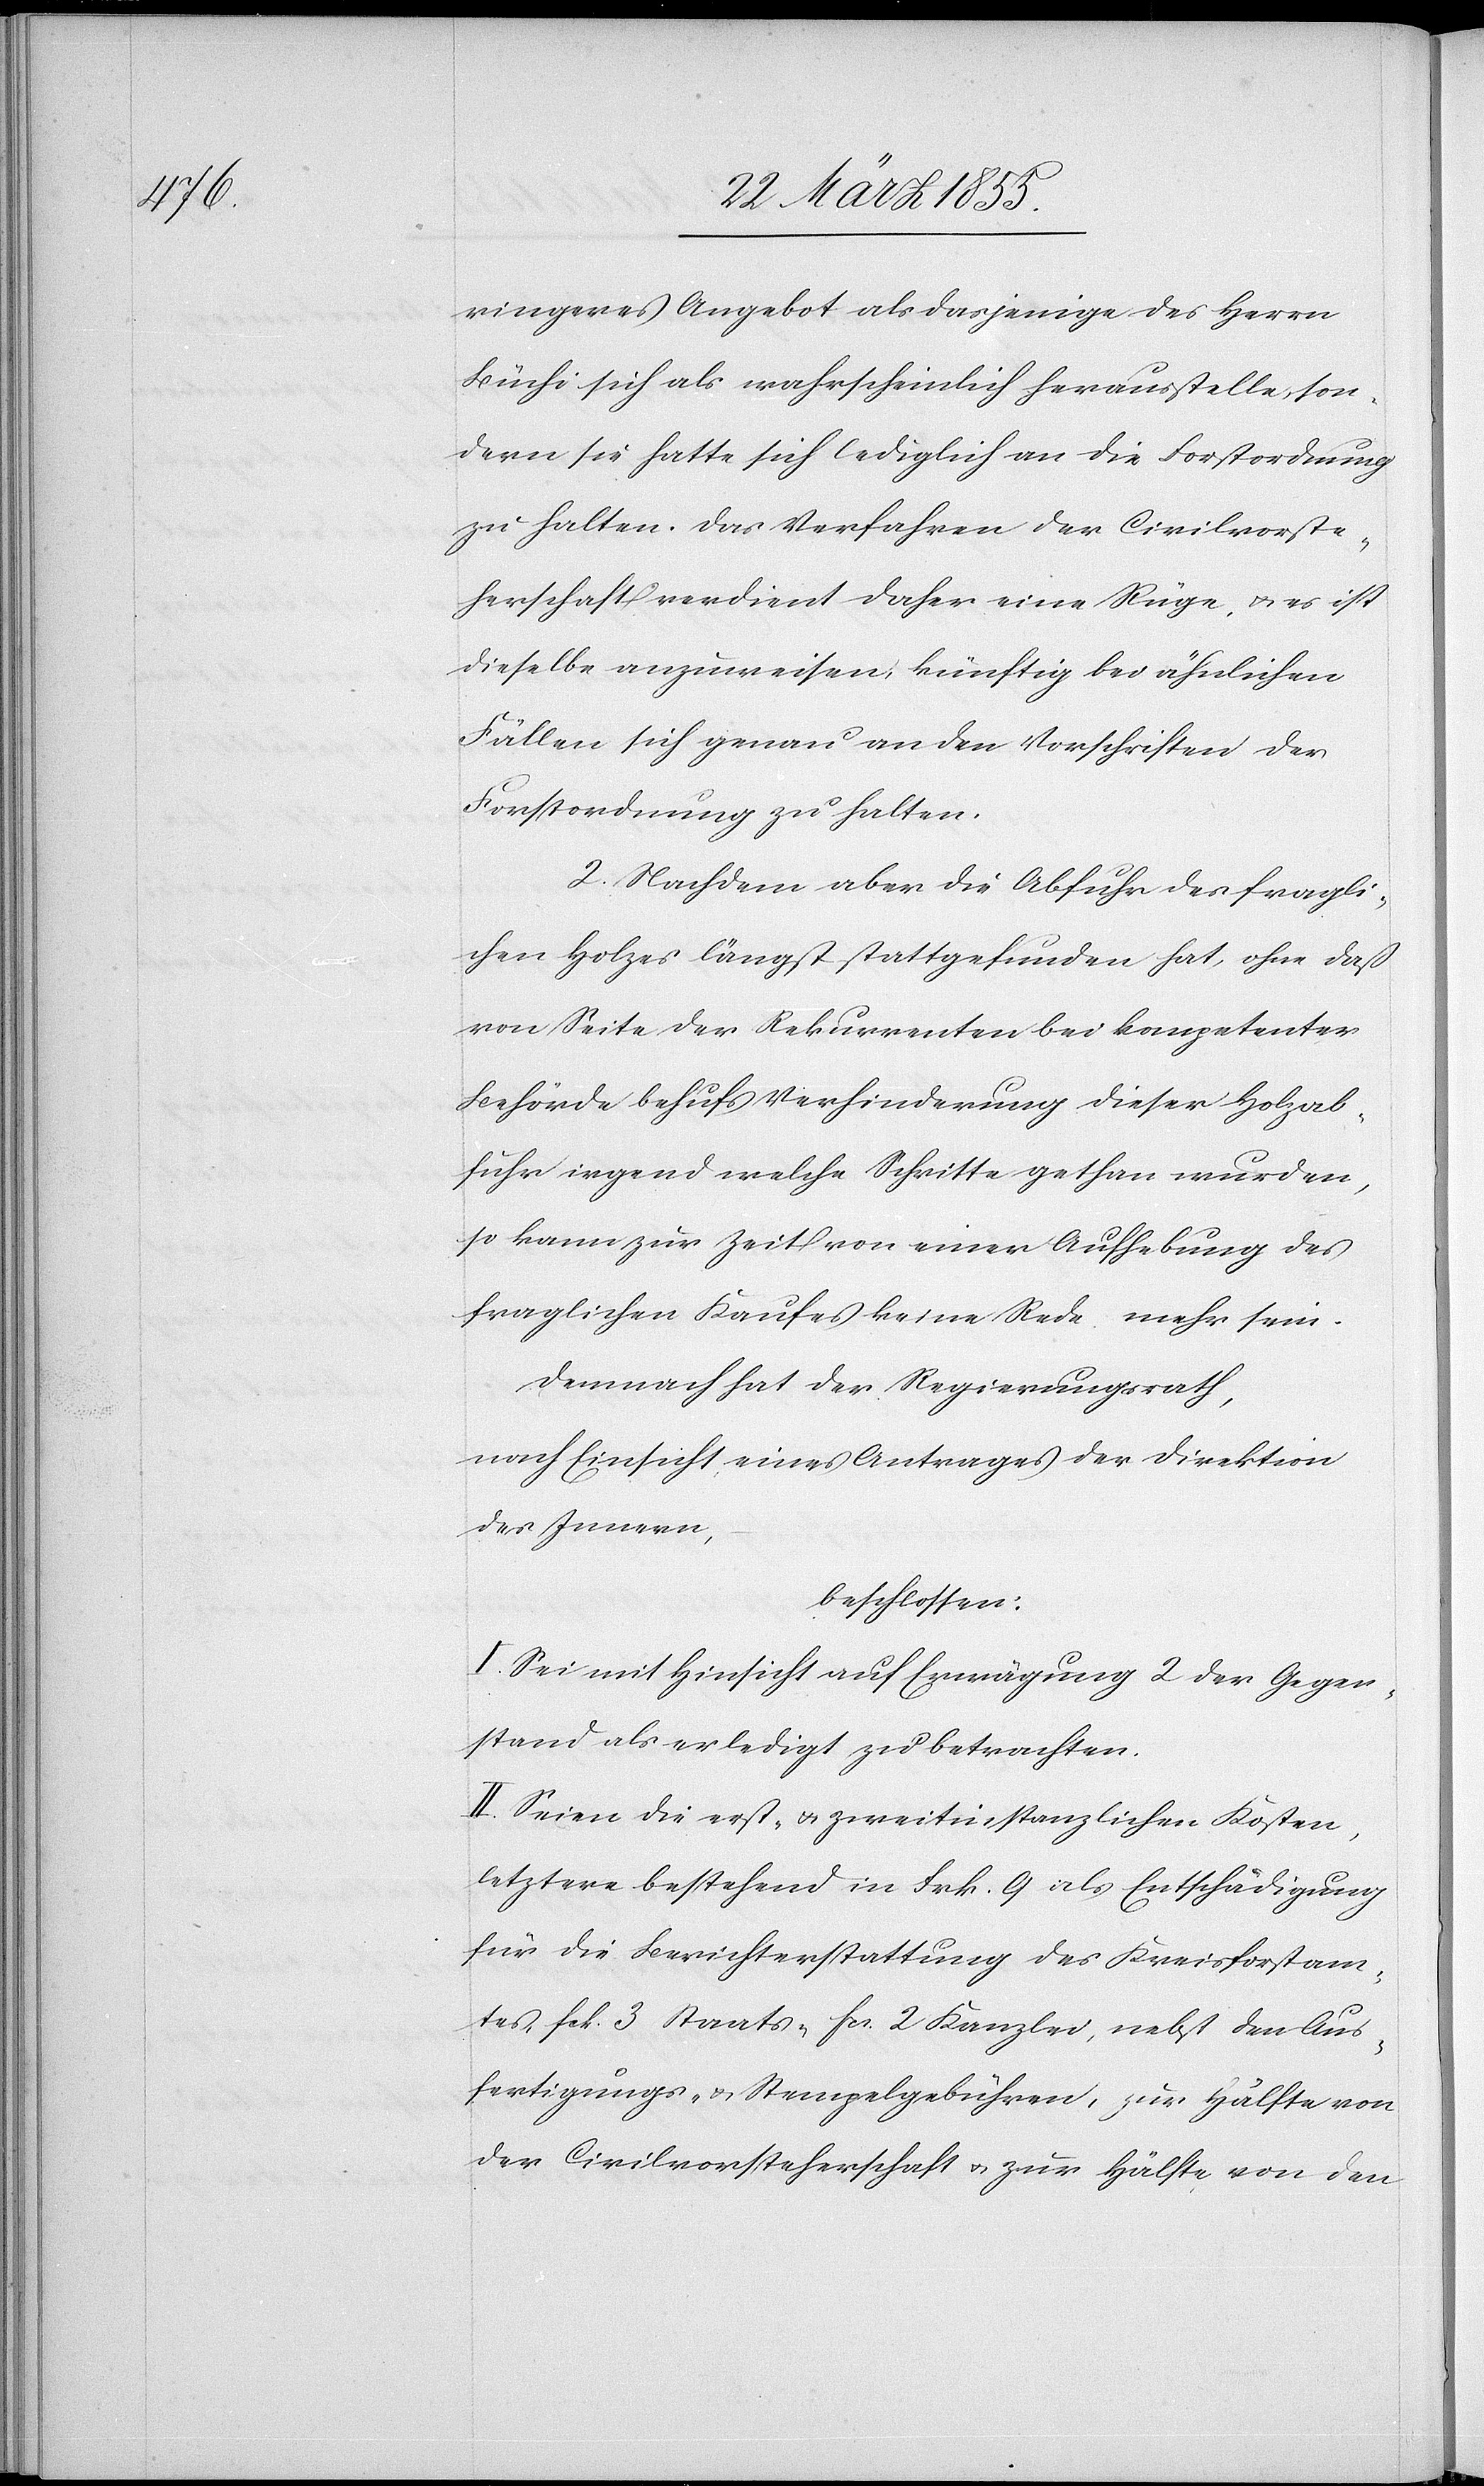
ringeres Angebot als dasjenige des Herrn
Büchi sich als wahrscheinlich herausstelle, son¬
dern sie hatte sich lediglich an die Forstordnung
zu halten. Das Verfahren der Civilvorste¬
herschaft verdient daher eine Rüge, & es ist
dieselbe anzuweisen, künftig bei ähnlichen
Fällen sich genau an den [recte: die]
Forstordnung zu halten.
2. Nachdem aber die Abfuhr des fragli¬
chen Holzes längst stattgefunden hat, ohne daß
von Seite der Rekurrenten bei kompetenter
Behörde behufs Verhinderung dieser Holzab¬
fuhr irgend welche Schritte gethan wurden,
so kann zur Zeit von einer Aufhebung des
fraglichen Kaufes keine Rede mehr sein.
Demnach hat der Regierungsrath,
nach Einsicht eines Antrages der Direktion
des Innern,
beschlossen:
I. Sei mit Hinsicht auf Erwägung 2 der Gegen¬
stand als erledigt zu betrachten.
II. Seien die erst- & zweitinstanzlichen Kosten,
letztere bestehend in Frk. 9 als Entschädigung
für die Berichterstattung des Kreisforstamtes,
[recte: fcs.] 3 Staats-[,] fcs. 2 Kanzlei[-], nebst den Aus¬
fertigungs- & Stempelgebühren, zur Hälfte von
der Civilvorsteherschaft & zur Hälfte von den